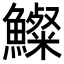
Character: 𩼇